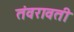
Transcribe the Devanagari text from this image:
तंवरावती